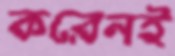
করেনই